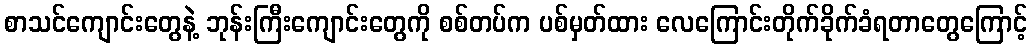
စာသင်ကျောင်းတွေနဲ့ ဘုန်းကြီးကျောင်းတွေကို စစ်တပ်က ပစ်မှတ်ထား လေကြောင်းတိုက်ခိုက်ခံရတာတွေကြောင့်